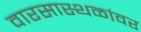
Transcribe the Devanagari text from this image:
वारसास्थळांवर